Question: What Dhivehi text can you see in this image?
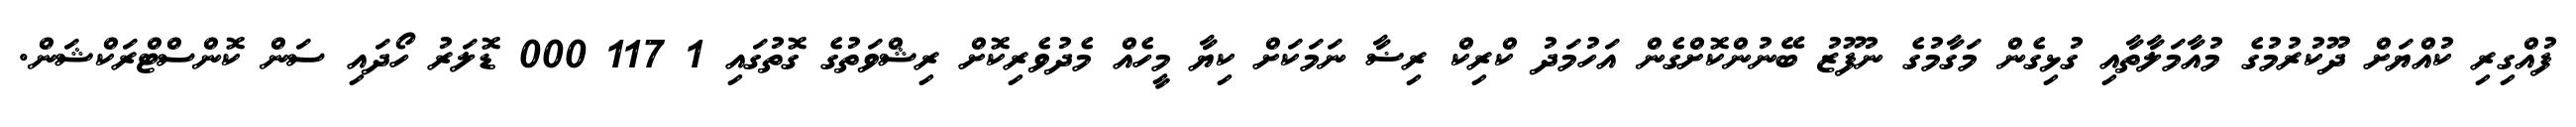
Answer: ފުއްގިރި ކުއްޔަށް ދޫކުރުމުގެ މުއާމަލާތާއި ގުޅިގެން މަގާމުގެ ނުފޫޒު ބޭނުންކޮށްގެން އަހުމަދު ކްރިކް ރިޟާ ނަމަކަށް ކިޔާ މީހެއް މެދުވެރިކޮށް ރިޝްވަތުގެ ގޮތުގައި 1 117 000 ޑޮލަރު ހޯދައި ސަން ކޮންސްޓްރަކްޝަން.